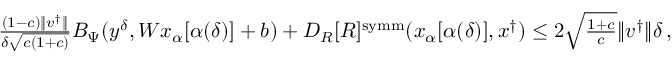
\begin{array} { r } { \frac { ( 1 - c ) \| v ^ { \dagger } \| } { \delta \sqrt { c ( 1 + c ) } } B _ { \Psi } ( y ^ { \delta } , W x _ { \alpha } [ \alpha ( \delta ) ] + b ) + D _ { R } [ R ] ^ { \mathrm { s y m m } } ( x _ { \alpha } [ \alpha ( \delta ) ] , x ^ { \dagger } ) \leq 2 \sqrt { \frac { 1 + c } { c } } \| v ^ { \dagger } \| \delta \, , } \end{array}